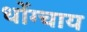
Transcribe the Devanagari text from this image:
धोंग्चाय